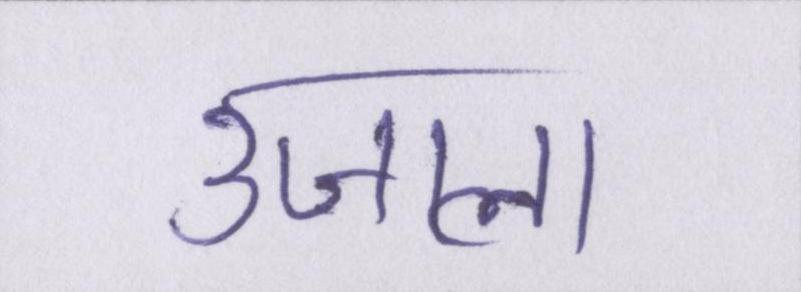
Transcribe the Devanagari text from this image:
उजाला